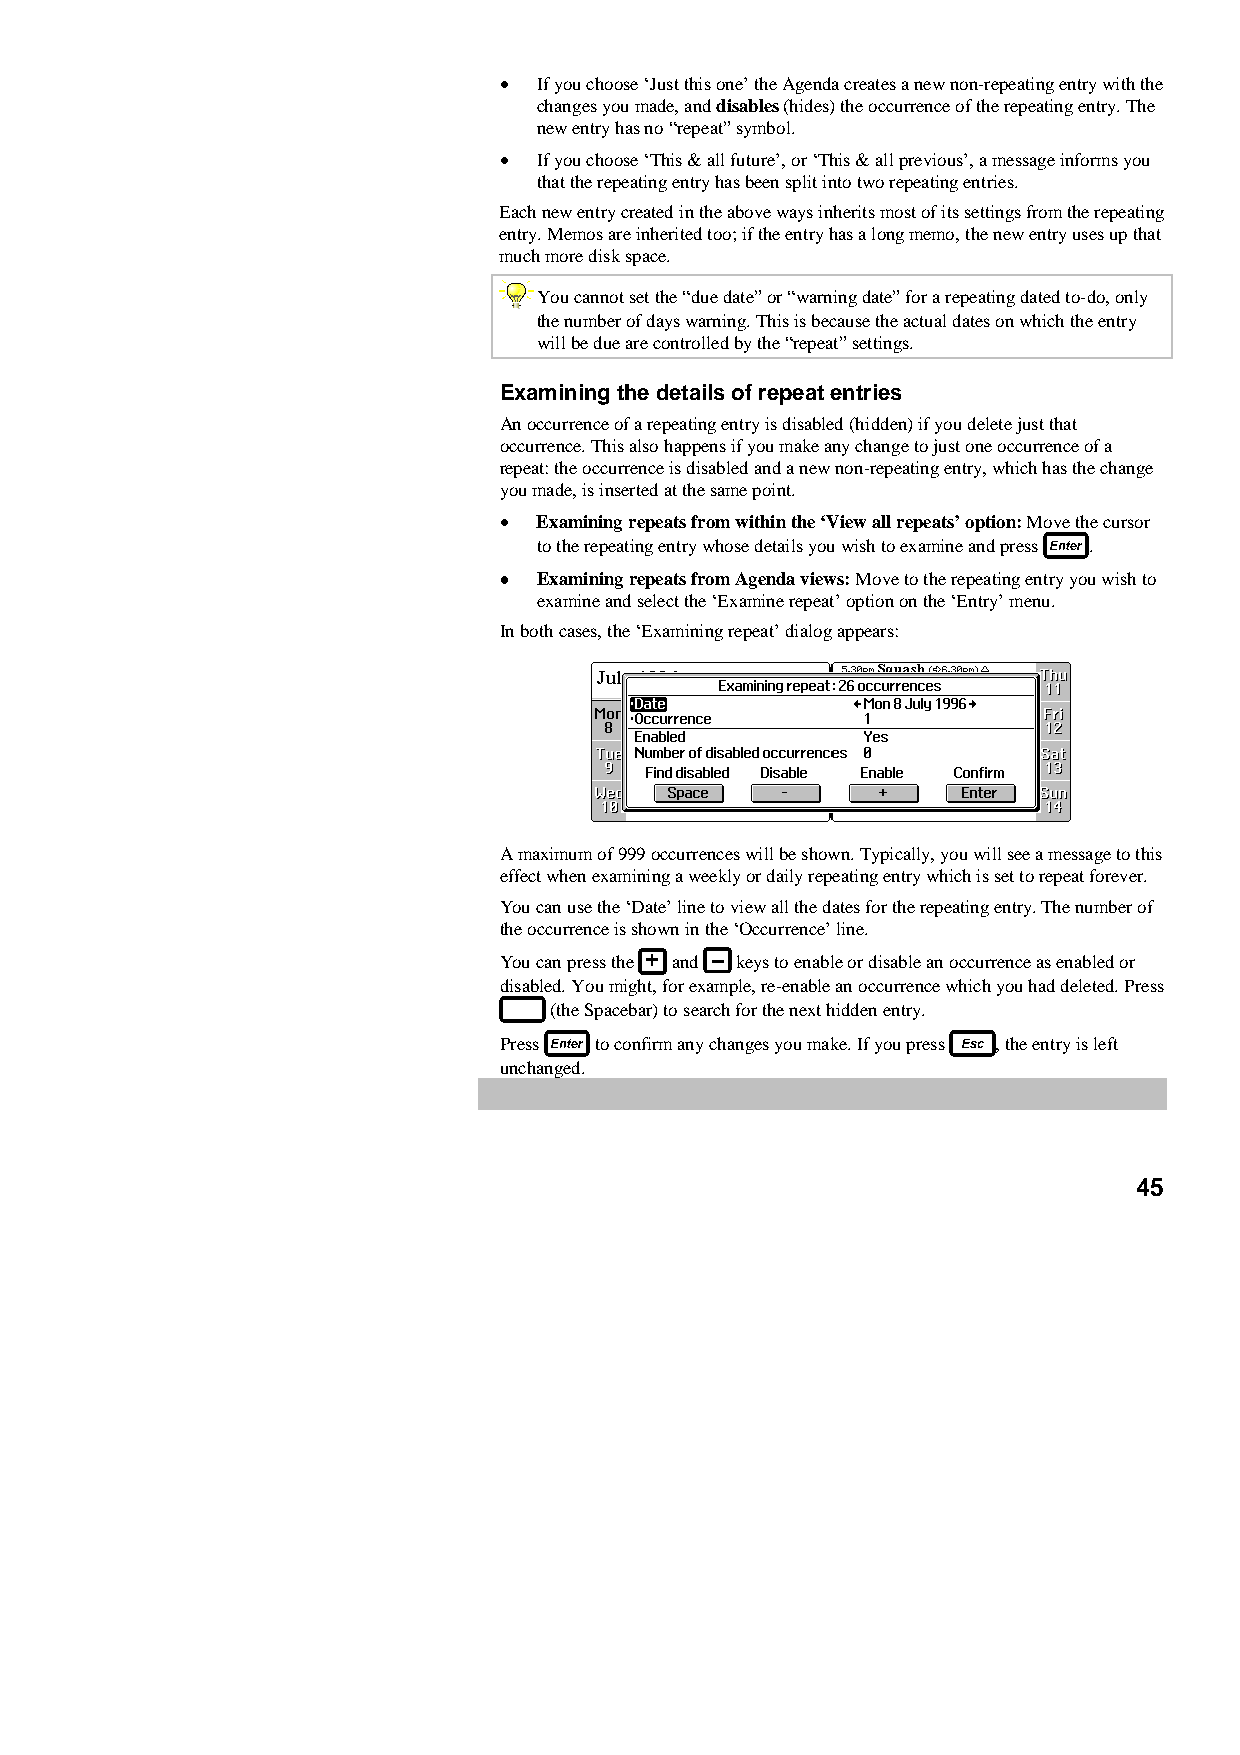
•  If you choose ‘Just this one’ the Agenda creates a new non-repeating entry with the
 changes you made, and disables (hides) the occurrence of the repeating entry. The
 new entry has no “repeat” symbol.
 •  If you choose ‘This & all future’, or ‘This & all previous’, a message informs you
 that the repeating entry has been split into two repeating entries.
 Each new entry created in the above ways inherits most of its settings from the repeating
 entry. Memos are inherited too; if the entry has a long memo, the new entry uses up that
 much more disk space.
 You cannot set the “due date” or “warning date” for a repeating dated to-do, only
 the number of days warning. This is because the actual dates on which the entry
 will be due are controlled by the “repeat” settings.
 Examining the details of repeat entries
 An occurrence of a repeating entry is disabled (hidden) if you delete just that
 occurrence. This also happens if you make any change to just one occurrence of a
 repeat: the occurrence is disabled and a new non-repeating entry, which has the change
 you made, is inserted at the same point.
 •••• Examining repeats from within the ‘View all repeats’ option: Move the cursor
 to the repeating entry whose details you wish to examine and press .
 •••• Examining repeats from Agenda views: Move to the repeating entry you wish to
 examine and select the ‘Examine repeat’ option on the ‘Entry’ menu.
 In both cases, the ‘Examining repeat’ dialog appears:
 A maximum of 999 occurrences will be shown. Typically, you will see a message to this
 effect when examining a weekly or daily repeating entry which is set to repeat forever.
 You can use the ‘Date’ line to view all the dates for the repeating entry. The number of
 the occurrence is shown in the ‘Occurrence’ line.
 You can press the and keys to enable or disable an occurrence as enabled or
 disabled. You might, for example, re-enable an occurrence which you had deleted. Press
 (the Spacebar) to search for the next hidden entry.
 Press to confirm any changes you make. If you press , the entry is left
 unchanged.
 45